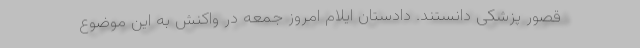
قصور پزشکی دانستند. دادستان ایلام امروز جمعه در واکنش به این موضوع